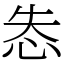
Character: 怣